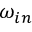
\omega _ { i n }